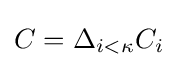
C=\Delta _{i<\kappa }C_{i}